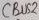
Text: CBUS2